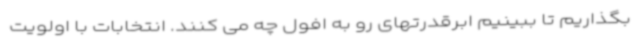
بگذاریم تا ببینیم ابرقدرتهای رو به افول چه می کنند. انتخابات با اولویت